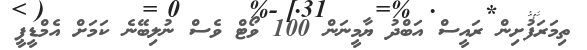
ތިމަރަފުށިން ރައީސް އަބްދު ޔާމީނަން 100 ވޯޓް ވެސް ނުލިބޭނެ ކަމަށް އެމްޑީޕީ